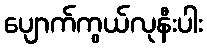
ပျောက်ကွယ်လုနီးပါး